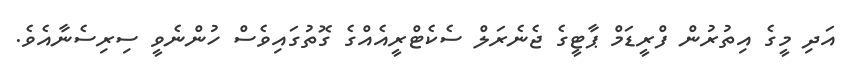
އަދި މީގެ އިތުރުން ފްރީޑަމް ޕާޓީގެ ޖެނެރަލް ސެކެޓްރީއެއްގެ ގޮތުގައިވެސް ހުންނެވީ ސިރިސެނާއެވެ.